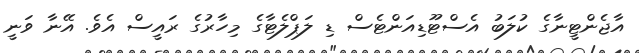
އާޖެންޓީނާގެ ކުލަބު އެސްޓޫޑިއަންޓެސް ޑި ލަޕްލެޓާގެ މިހާރުގެ ރައީސް އެވެ. އޭނާ ވަނީ